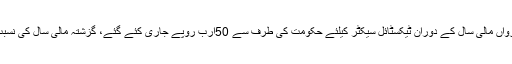
آئندہ وفاقی بجٹ میں ٹیکسٹائل ویلیو چین حکومت کی اولین ترجیح ہو گی،رواں مالی سال کے دوران ٹیکسٹائل سیکٹر کیلئے حکومت کی طرف سے 50ارب روپے جاری کئے گئے، گزشتہ مالی سال کی نسبت رواں مالی سال کے دوران ٹیکسٹائل برآمدات میں7.17فیصد اضافہ ہوا۔